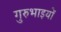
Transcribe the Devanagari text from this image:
गुरुभाइयों